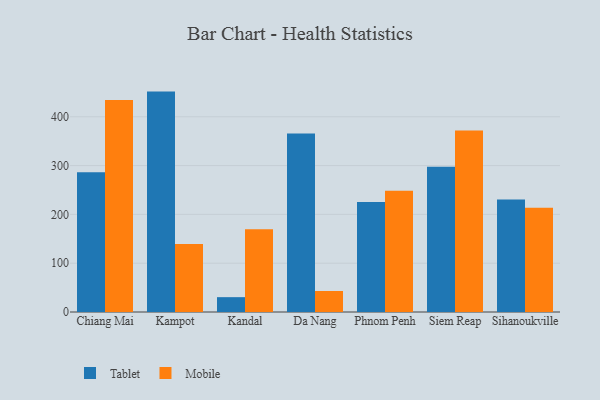
{"axis": {"x": "City", "y": "Active Users"}, "legend": ["Mobile", "Tablet"], "data": [{"x": "Chiang Mai", "y": 286.1, "type": "Tablet"}, {"x": "Chiang Mai", "y": 434.4, "type": "Mobile"}, {"x": "Kampot", "y": 451.6, "type": "Tablet"}, {"x": "Kampot", "y": 139.4, "type": "Mobile"}, {"x": "Kandal", "y": 30.4, "type": "Tablet"}, {"x": "Kandal", "y": 169.7, "type": "Mobile"}, {"x": "Da Nang", "y": 365.8, "type": "Tablet"}, {"x": "Da Nang", "y": 43.1, "type": "Mobile"}, {"x": "Phnom Penh", "y": 225.4, "type": "Tablet"}, {"x": "Phnom Penh", "y": 248.4, "type": "Mobile"}, {"x": "Siem Reap", "y": 297.4, "type": "Tablet"}, {"x": "Siem Reap", "y": 372.1, "type": "Mobile"}, {"x": "Sihanoukville", "y": 230.6, "type": "Tablet"}, {"x": "Sihanoukville", "y": 213.5, "type": "Mobile"}]}